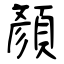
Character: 顏